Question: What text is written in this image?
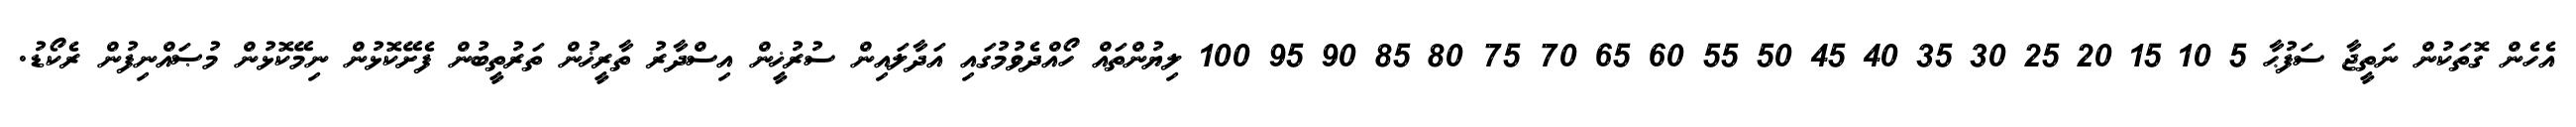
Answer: އެހެން ގޮތަކުން ނަތީޖާ ސަފުޙާ 5 10 15 20 25 30 35 40 45 50 55 60 65 70 75 80 85 90 95 100 ލިޔުންތައް ހޯއްދެވުމުގައި އަދާލައިން ސުރުޚީން އިސްދާރު ތާރީޚުން ތަރުތީބުން ފެށޭކޮޅުން ނިމޭކޮޅުން މުޞައްނިފުން ރެކޯޑު.